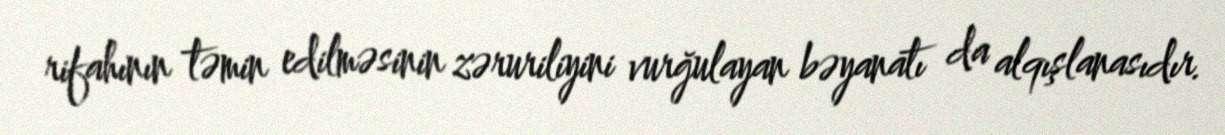
rifahının təmin edilməsinin zəruriliyini vurğulayan bəyanatı da alqışlanasıdır.